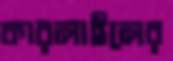
কারলাইলের